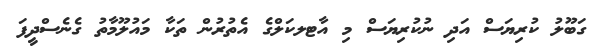
ގަބޫލު ކުރިޔަސް އަދި ނުކުރިޔަސް މި އާޓލކަލްގެ އެތުރުން ތަކާ މައުލޫމާތު ގެނެސްދީފަ